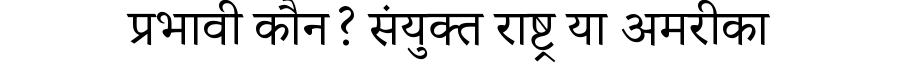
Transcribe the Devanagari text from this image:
प्रभावी कौन? संयुक्त राष्ट्र या अमरीका